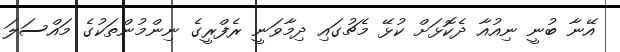
އޭނާ ބުނީ ނިއުއާ ދެކޮޅަށް ކުޅޭ މެޗުގައި ދިމާވަނީ ރެފްރީގެ ނިންމުންތަކުގެ މައްސަލަ